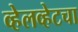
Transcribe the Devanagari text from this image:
व्हेलव्हेटचा